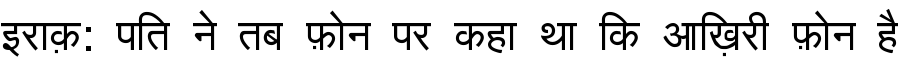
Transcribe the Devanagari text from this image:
इराक़: पति ने तब फ़ोन पर कहा था कि आख़िरी फ़ोन है